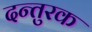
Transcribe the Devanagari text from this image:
दन्तुरक